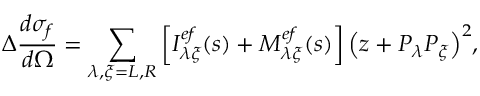
\Delta \frac { d \sigma _ { f } } { d \Omega } = \sum _ { \lambda , \xi = L , R } \left[ { \cal I } _ { \lambda \xi } ^ { e f } ( s ) + { \cal M } _ { \lambda \xi } ^ { e f } ( s ) \right] { \left( z + P _ { \lambda } P _ { \xi } \right) } ^ { 2 } ,